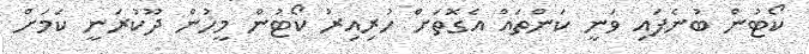
ކޯޓުން ބުނެފައި ވަނީ ކަންތައް އެގޮތަށް ހުރިއިރު ކޯޓުން މީހުން ދޫކުރަނީ ކަމަށް